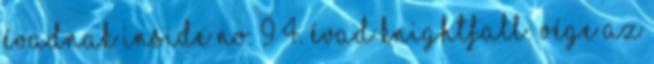
évadnak Inside No. 9 4. évad Knightfall: vége az